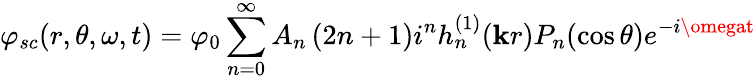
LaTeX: \varphi_{sc}(r,\theta,\omega,t)=\varphi_{0}\sum_{n=0}^{\infty}A_{n}\left(2n+1\right)i^{n}h_{n}^{(1)}(\mathbf{k}r)P_{n}(\cos\theta)e^{-i\omegat}